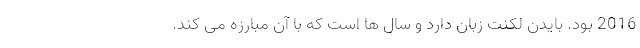
2016 بود. بایدن لکنت زبان دارد و سال ها است که با آن مبارزه می کند.